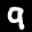
Label: 9